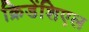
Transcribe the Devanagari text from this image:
क्रिडेंशिएल